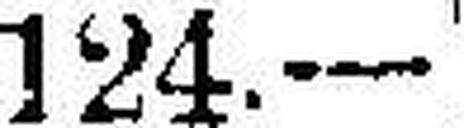
124.—